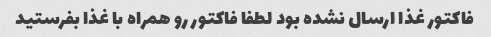
فاکتور غذا ارسال نشده بود لطفا فاکتور رو همراه با غذا بفرستید